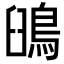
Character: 䳎